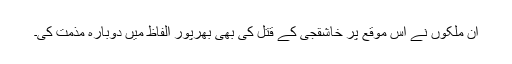
ان ملکوں نے اس موقع پر خاشقجی کے قتل کی بھی بھرپور الفاظ ميں دوبارہ مذمت کی۔